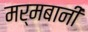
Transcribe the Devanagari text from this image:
मर्मबानी